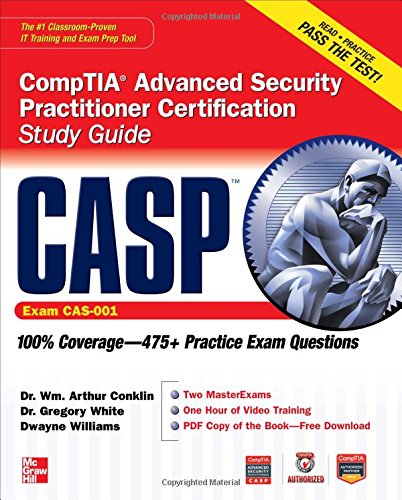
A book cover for CASP CompTIA Advanced Security Practitioner Certification Study Guide (Exam CAS-001) (Certification Press); Wm. Arthur Conklin; Computers & Technology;